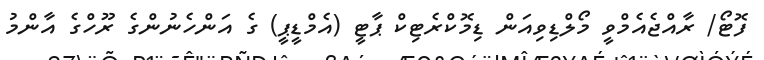
ފޮޓޯ/ ރާއްޖެއެމްވީ މޯލްޑިވިއަން ޑިމޮކްރެޓިކް ޕާޓީ (އެމްޑީޕީ) ގެ އަންހެނުންގެ ރޫހްގެ އާންމު